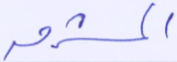
المشرق